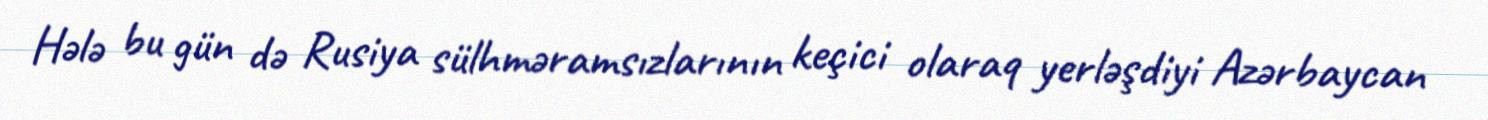
Hələ bu gün də Rusiya sülhməramsızlarının keçici olaraq yerləşdiyi Azərbaycan